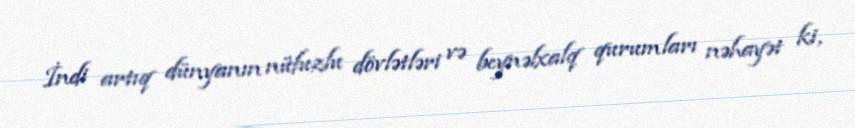
İndi artıq dünyanın nüfuzlu dövlətləri və beynəlxalq qurumları nəhayət ki,